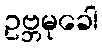
ဥဗ္ဘမုခေါ